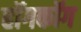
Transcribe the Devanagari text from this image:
हॉगकॉग